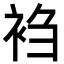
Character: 𬡎